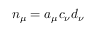
n _ { \mu } = a _ { \mu } c _ { \nu } d _ { \nu }